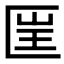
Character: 𠥆